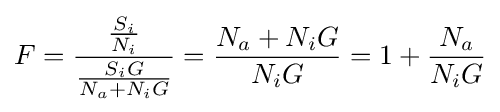
F={\frac {\frac {S_{i}}{N_{i}}}{\frac {S_{i}G}{N_{a}+N_{i}G}}}={\frac {N_{a}+N_{i}G}{N_{i}G}}=1+{\frac {N_{a}}{N_{i}G}}